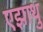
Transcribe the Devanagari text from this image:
एझाथु